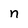
Character: n